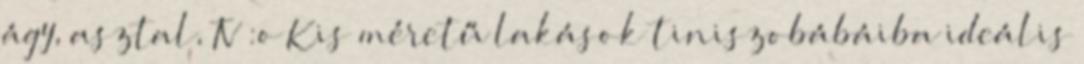
ágy, asztal, TV :o Kis méretű lakások tiniszobábáiba ideális